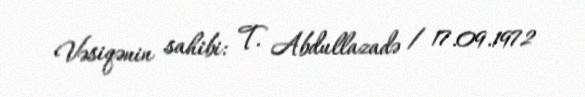
Vəsiqənin sahibi: T. Abdullazadə / 17.09.1972